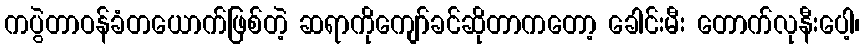
ကပွဲတာဝန်ခံတယောက်ဖြစ်တဲ့ ဆရာကိုကျော်ခင်ဆိုတာကတော့ ခေါင်းမီး တောက်လုနီးပေါ့၊